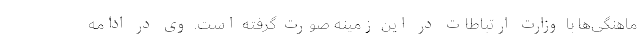
ماهنگی‌ها با وزارت ارتباطات در این زمینه صورت گرفته است. وی در ادامه